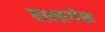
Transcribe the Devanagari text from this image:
हाशागेन